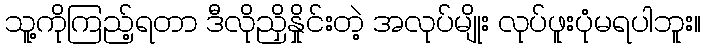
သူ့ကိုကြည့်ရတာ ဒီလိုညှိနှိုင်းတဲ့ အလုပ်မျိုး လုပ်ဖူးပုံမရပါဘူး။